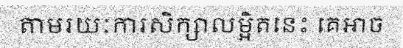
តាមរយៈការសិក្សាលម្អិតនេះ គេអាច